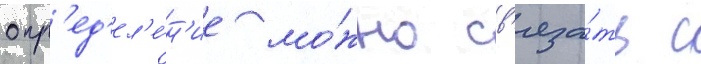
опр'ед'ел'е́н'ие мо́жно св'яза́ть с